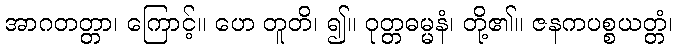
အာဂတတ္တာ၊ ကြောင့်။ ဟေ တူတိ၊ ၍။ ဝုတ္တဓမ္မနံ၊ တို့၏။ ဇနကပစ္စယတ္တံ၊